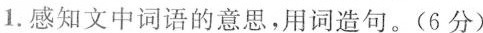
1.感知文中词语的意思，用词造句。(6分)